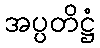
အပ္ပတိဋ္ဌံ